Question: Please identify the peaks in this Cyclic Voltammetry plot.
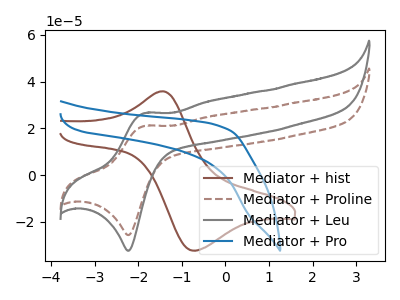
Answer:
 <answer>The brown curve "Mediator + hist" has an anodic peak at (-1.40V, 35.90uA) and a cathodic peak at (-0.75V, -32.30uA). The brown dashed curve "Mediator + Proline" has an anodic peak at (-1.85V, 21.05uA) and a cathodic peak at (-2.20V, -25.65uA). The gray curve "Mediator + Leu" has an anodic peak at (-1.85V, 26.55uA) and a cathodic peak at (-2.20V, -32.35uA). The blue curve "Mediator + Pro" has no peaks.</answer>
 <eval></eval>